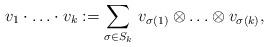
LaTeX: \begin{align*} v_1 \cdot \ldots \cdot v_k := \sum_{\sigma \in S_k} \, v_{\sigma(1)} \otimes \ldots \otimes v_{\sigma(k)},\end{align*}